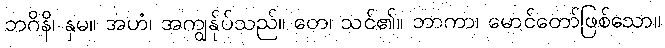
ဘဂိနိ၊ နှမ။ အဟံ၊ အကျွန်ုပ်သည်။ တေ၊ သင်၏။ ဘာကာ၊ မောင်တော်ဖြစ်သော။